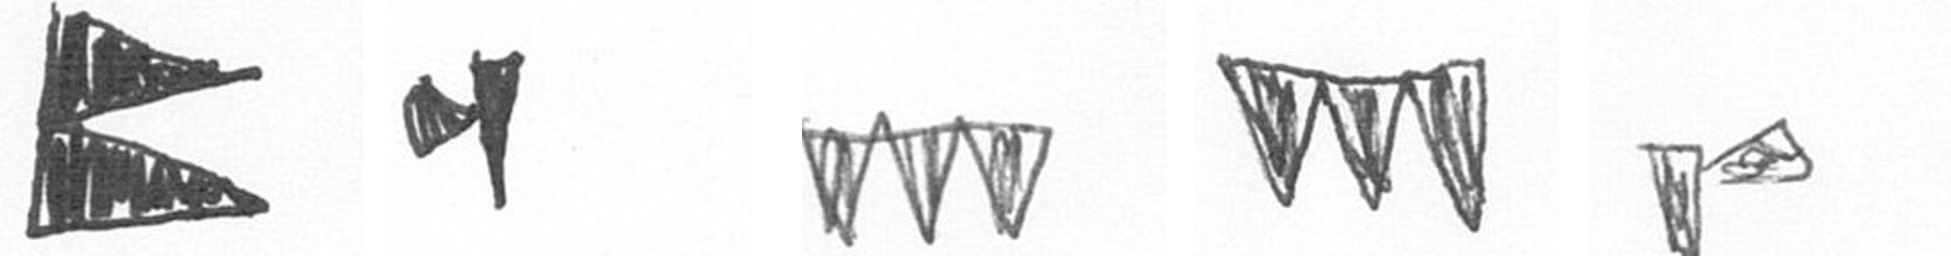
P M L L F